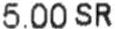
5.00 SR